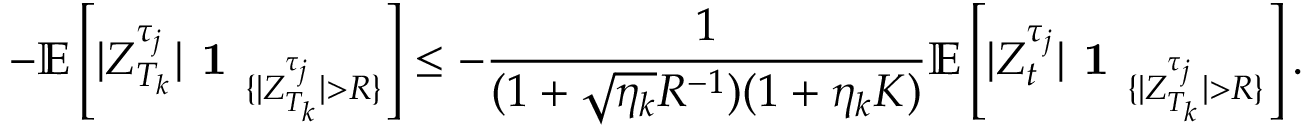
- \mathbb { E } \left[ | Z _ { T _ { k } } ^ { \tau _ { j } } | \textbf { 1 } _ { \{ | Z _ { T _ { k } } ^ { \tau _ { j } } | > R \} } \right] \leq - \frac { 1 } { ( 1 + \sqrt { \eta _ { k } } R ^ { - 1 } ) ( 1 + \eta _ { k } K ) } \mathbb { E } \left[ | Z _ { t } ^ { \tau _ { j } } | \textbf { 1 } _ { \{ | Z _ { T _ { k } } ^ { \tau _ { j } } | > R \} } \right] .